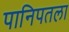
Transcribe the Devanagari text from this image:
पानिपतला